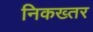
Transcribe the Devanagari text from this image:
निकख्तर